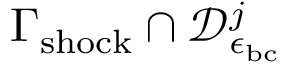
\Gamma _ { \mathrm { s h o c k } } \cap \mathcal { D } _ { \epsilon _ { \mathrm { b c } } } ^ { j }